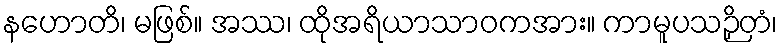
နဟောတိ၊ မဖြစ်။ အဿ၊ ထိုအရိယာသာဝကအား။ ကာမူပသဉှိတံ၊